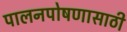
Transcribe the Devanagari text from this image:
पालनपोषणासाठी